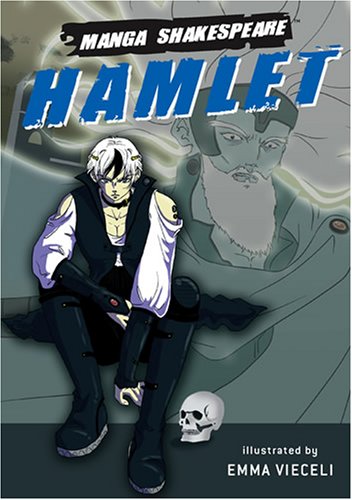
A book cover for Manga Shakespeare: Hamlet; William Shakespeare; Literature & Fiction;